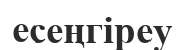
есеңгіреу